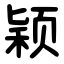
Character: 颖